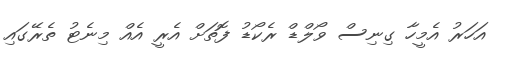
އަހަރު އެމީހާ ގިނިސް ވޯލްޑް ރެކޯޑު ފޮތަށް އެރީ އެއް މިނެޓު ތެރޭގައި